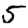
Digit: 5